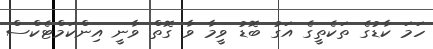
ހަމަ ކާޑުގެ ތަކެތީގެ އަގު ބޮޑު ވީމާ ވާ ގޮތް ވާނީ އިންކަމްޓެކްސް